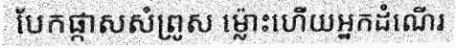
បែកផ្កាសសំព្រូស ម្ល៉ោះហើយអ្នកដំណើរ